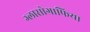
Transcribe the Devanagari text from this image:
ग्लासोग्राफिया